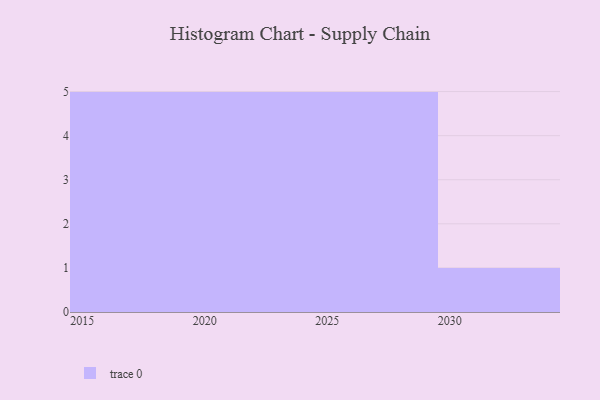
{"axis": {"x": "Year", "y": "Bounce Rate (%)"}, "legend": [""], "data": [{"x": "2023", "y": 68, "type": ""}, {"x": "2022", "y": 52, "type": ""}, {"x": "2017", "y": 25, "type": ""}, {"x": "2029", "y": 42, "type": ""}, {"x": "2028", "y": 32, "type": ""}, {"x": "2020", "y": 38, "type": ""}, {"x": "2016", "y": 22, "type": ""}, {"x": "2030", "y": 54, "type": ""}, {"x": "2026", "y": 15, "type": ""}, {"x": "2019", "y": 76, "type": ""}, {"x": "2021", "y": 5, "type": ""}, {"x": "2018", "y": 90, "type": ""}, {"x": "2024", "y": 19, "type": ""}, {"x": "2025", "y": 47, "type": ""}, {"x": "2027", "y": 79, "type": ""}, {"x": "2015", "y": 36, "type": ""}]}